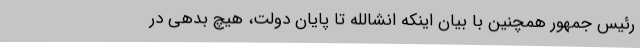
رئیس جمهور همچنین با بیان اینکه انشالله تا پایان دولت، هیچ بدهی در